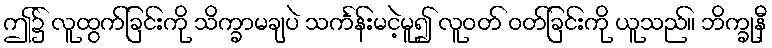
ဤ၌ လူထွက်ခြင်းကို သိက္ခာမချပဲ သင်္ကန်းမငဲ့မူ၍ လူဝတ် ဝတ်ခြင်းကို ယူသည်။ ဘိက္ခုနီ